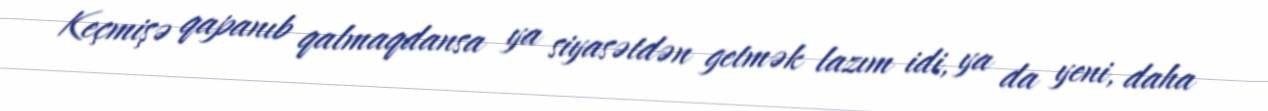
Keçmişə qapanıb qalmaqdansa ya siyasətdən getmək lazım idi, ya da yeni, daha